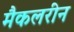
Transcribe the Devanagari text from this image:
मैकलरीन